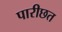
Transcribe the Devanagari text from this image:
पारीछत